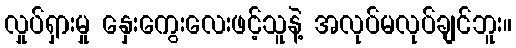
လှုပ်ရှားမှု နှေးကွေးလေးဖင့်သူနဲ့ အလုပ်မလုပ်ချင်ဘူး။